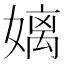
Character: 𮱓